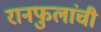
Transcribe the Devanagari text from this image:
रानफुलांची